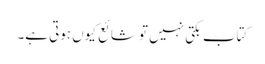
کتاب بکتی نہیں تو شائع کیوں ہوتی ہے۔